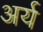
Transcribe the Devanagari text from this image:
अर्य